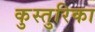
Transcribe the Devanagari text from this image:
कुस्तुरिका